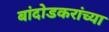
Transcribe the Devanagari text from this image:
बांदोडकरांच्या